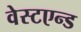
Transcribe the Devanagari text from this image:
वेस्टएन्ड